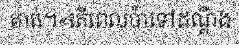
គាត់។«តើពេលប៉ាទៅដណ្តឹង